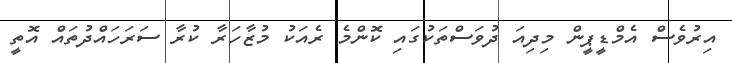
އިރުވެސް އެމްޑީޕީން މިދިއަ ދުވަސްތަކުގައި ކޮންމެ ރެއަކު މުޒާހަރާ ކުރާ ސަރަހައްދުތައް އޮތީ